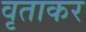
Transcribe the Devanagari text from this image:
वृताकर